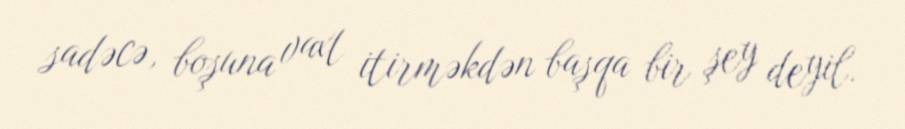
sadəcə, boşuna vaxt itirməkdən başqa bir şey deyil.